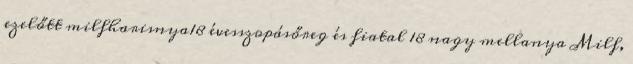
ezelőtt milfharisnya18 évesszopásőreg és fiatal 18 nagy mellanya Milf,